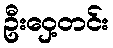
ဦးဝှေ့တင်း